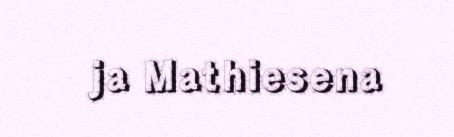
ja Mathiesena